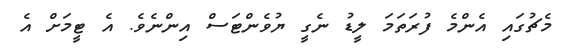
މެޗުގައި އެންމެ ފުރަތަމަ ލީޑު ނެގީ ޔުވެންޓަސް އިންނެވެ. އެ ޓީމަށް އެ